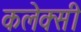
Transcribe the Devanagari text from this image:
कलेक्सी